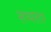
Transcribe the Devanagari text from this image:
सभ्यतार